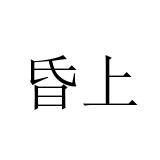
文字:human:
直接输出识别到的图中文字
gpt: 昏上